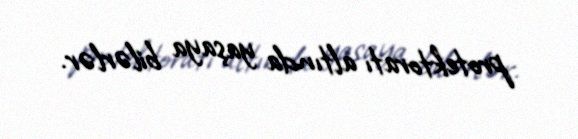
protektoratı altında yaşaya bilərlər.